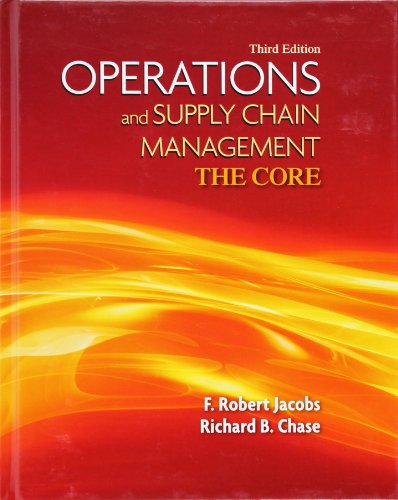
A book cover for Operations and Supply Chain Management: The Core (The Mcgraw-Hill/Irwin Series Operations and Decision Sciences); F. Robert Jacobs; Business & Money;